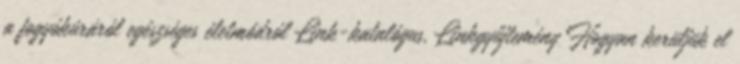
a fogyókúráról egészséges életmódról Link-katalógus, Linkgyűjtemény Hogyan kerüljük el